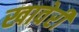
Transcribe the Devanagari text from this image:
खावेरी